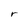
Character: r